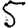
Digit: 5